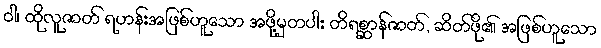
ဝါ၊ ထိုလူဇာတ် ရဟန်းအဖြစ်ဟူသော အဖို့မှတပါး တိရစ္ဆာန်ဇာတ်, ဆိတ်ဖို၏ အဖြစ်ဟူသော